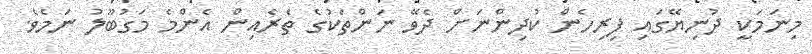
މިނަމަކީ ދުނިޔޭގައި ފިރިހެން ކުދިންނަށް ދެވޭ ނަންތަކުގެ ތެރެއިން އެންމެ މަގުބޫލު ނަމެވެ.